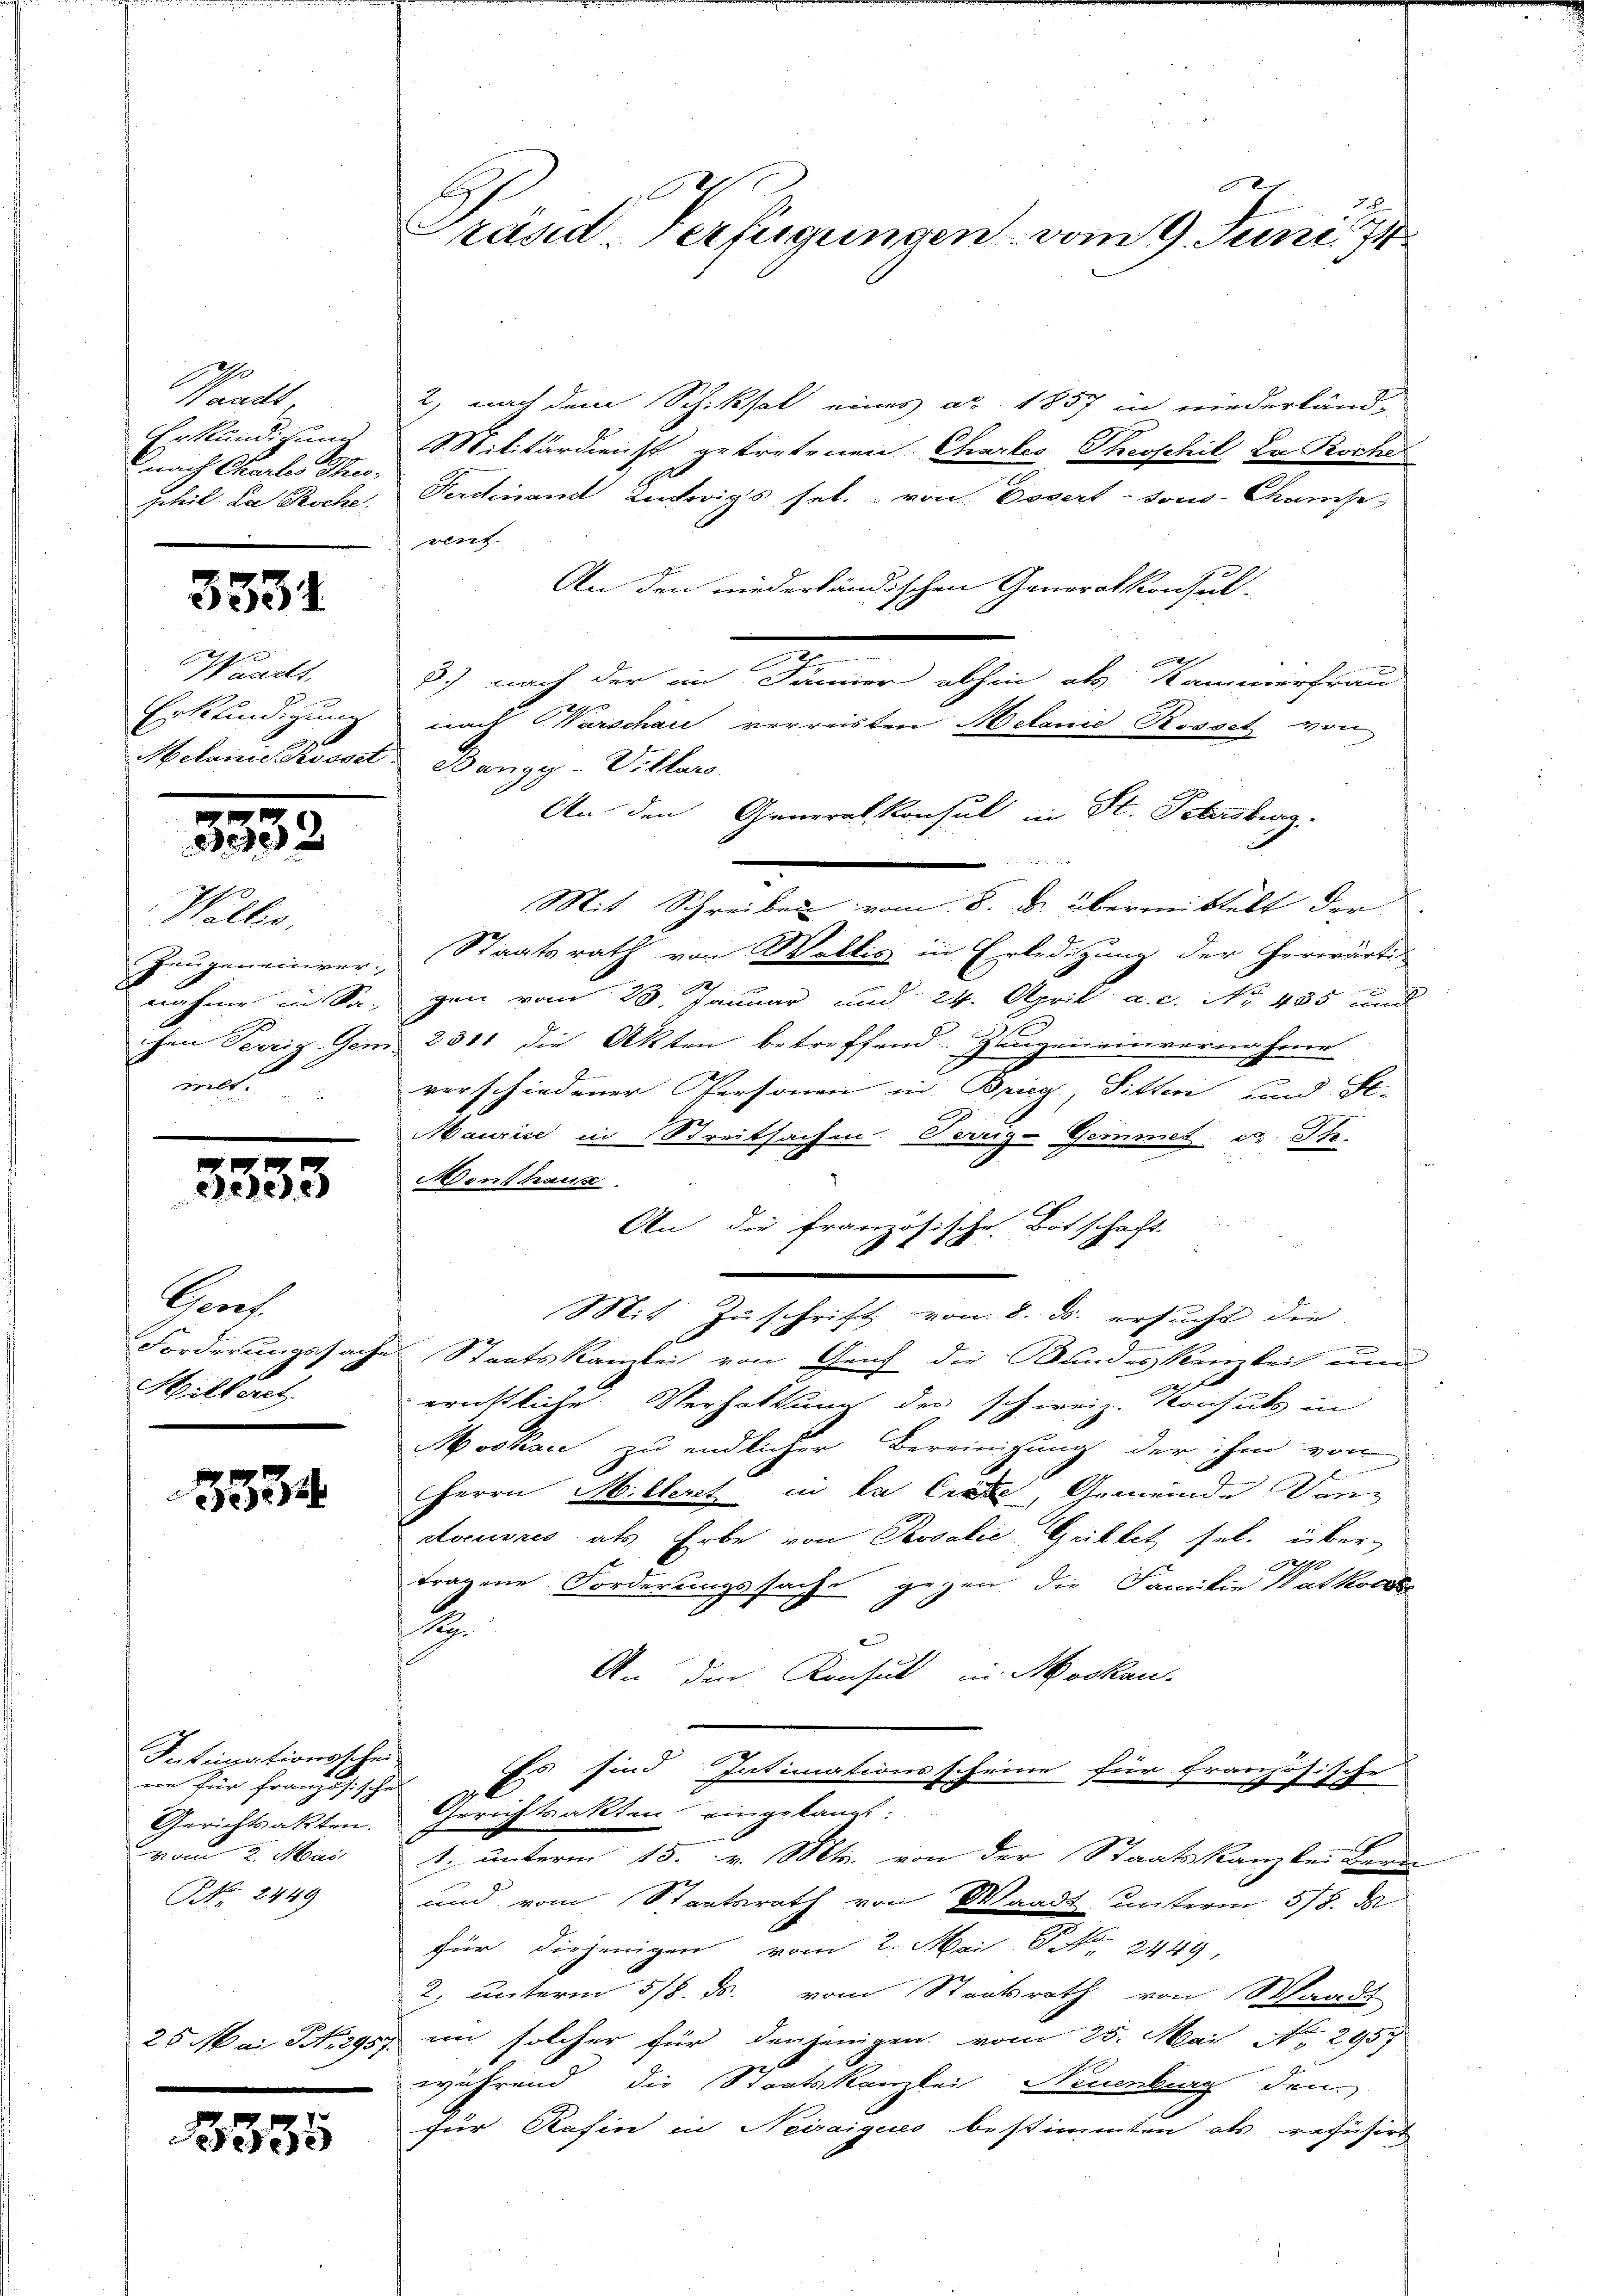
Waadt
nach Charlos Theo-

3534

Waadt,

3352

Wallis,
ilt.

.
elese

Prof
Wilteres

3334

Intrinationsschei-
ne für französische
vom 2. Mai
NNo. 2449

8335

2, nach dem Schiksal eines ad 1857 in niederländ-
Erkundigung Militärdienst getretenen Chartes Theophil La Roche
geheil da Roche. Ferdinand entwigs sel. von Dosert sous Champe
vent.
An den niederländischen Generalkonsul-
2
8) nach der in Jamier abhin als Kammerfrau
Erkfindigung nach Warschau verreisten Melame Rosset von
Melanie chosse Bangy-Villars
An den Generalkonsul in St. Petersburg.

Mit Schreiben vom 8. d. übermittelt der
Zeugeneinver- Staatsrath von Wallis in Erledigung der Horwärti
nahme in Segen vom 28. Januar und 24. April a. c. No. 485 und
chen Verzig Gem. 2311 die Akten betreffend Zeugen einvernahme
verschiedener Personen in Brieg, Sitten und Se-
Maurice in Streitsachen Tarng-Gemmet, u. St.
Adenthaus
An die französische Botschaft.
Mit Zuschrift von 8. ds. ersucht die |
Forderungssache Staatskanzlei von Genf die Bundes Kanzlei um
ernstliche Verhaltung der schweiz. Konsuls in
Moskau zu endlicher Bereinigung der ihm von
Herrn Millerst in la Crue, Gemeinde Dan
docures als Erbe von Rosalie Grillet sel. übertragene Forderungssache gegen die Familie Watkode
1
An den Konsul in Moskau
Es sind Intimationsscheine für Frar
zösische
Gerichtsakten Gerichtsakten eingekannt:
1; unterm 15. v. Mts. von der Staatskanzlei Kenn
und vom Staatsrath von Waadt unterm 5/8. d
für diejenigen vom 2. Mai S. 2449
2. unterm 5/8. ds. vom Staatsrath von Waadt
25 Mai N. 295. ein solcher für denjenigen vom 25. Mai No 295.
während die Staatskanzlei Neuenburg den
für Refin in Neiaigens bestimmten als refusirt

3
Präsid. Verfügungen vom 9. Juni 14